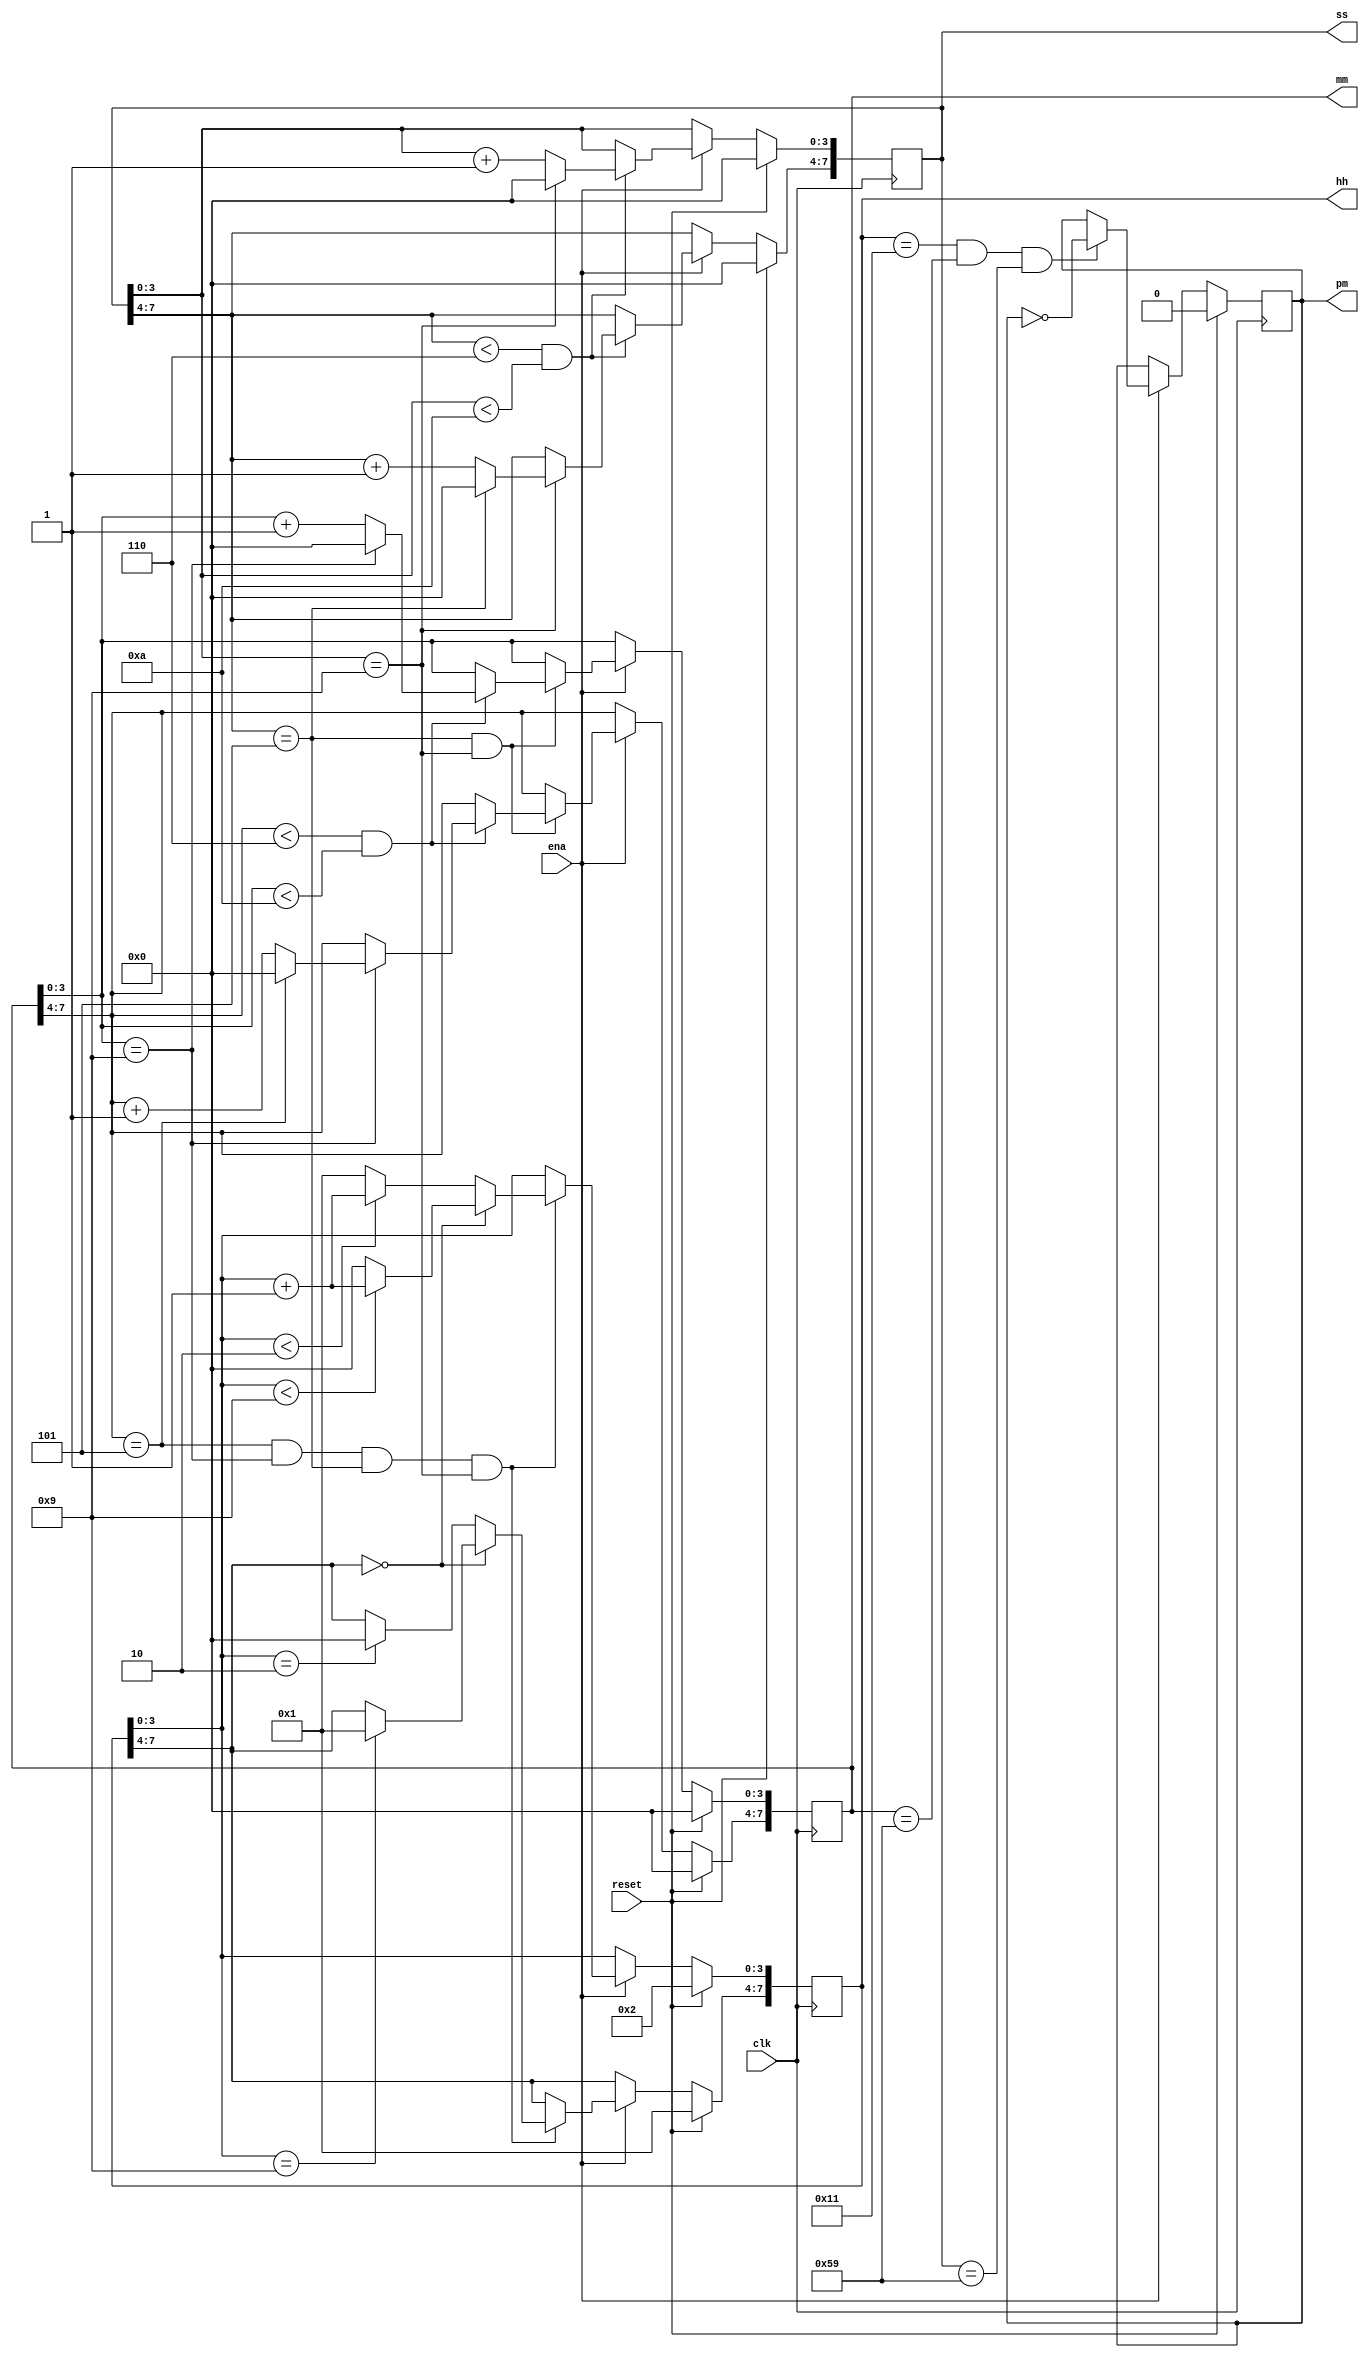
module top_module(
    input clk,
    input reset,
    input ena,
    output reg pm,
    output reg [7:0] hh,
    output reg [7:0] mm,
    output reg [7:0] ss); 
    
    always @(posedge clk) begin
        if (reset) {hh,mm,ss,pm} = {8'b00010010, 8'b0, 8'b0, 1'b0};
        else begin
            if (ena) begin
                pm <= (hh==8'b00010001 & mm == 8'b01011001 & ss == 8'b01011001)? ~pm : pm;
                if (ss[7:4] < 4'd6 & ss[3:0] < 4'd10) begin
                    ss[3:0] <= (ss[3:0]==4'd9)? 4'd0 : ss[3:0] + 1'b1;
                    ss[7:4] <= (ss[3:0]==4'd9)? ((ss[7:4]==4'd5)?4'd0: ss[7:4] + 1'b1): ss[7:4];
                end
                
                if (ss[7:4] == 4'd5 & ss[3:0] == 4'd9) begin
                    if (mm[7:4] < 4'd6 & mm[3:0] < 4'd10) begin
                        mm[3:0] <= (mm[3:0]==4'd9)? 4'd0 : mm[3:0] + 1'b1;
                        mm[7:4] <= (mm[3:0]==4'd9)? ((mm[7:4]==4'd5)?4'd0: mm[7:4] + 1'b1): mm[7:4];
                end
                end
                else mm <= mm;
                
                if (mm[7:4] == 4'd5 & mm[3:0] == 4'd9 & ss[7:4] == 4'd5 & ss[3:0] == 4'd9) begin
                    if (hh[7:4] == 4'd0) begin
                        hh[3:0] <= (hh[3:0] < 4'd9)?hh[3:0] + 1'b1: 4'd0;
                        hh[7:4] <= (hh[3:0] == 4'd9)?4'd1:hh[7:4];
                    end
                    else begin
                        hh[3:0] <= (hh[3:0] < 4'd2)?hh[3:0] + 1'b1: 4'd1;
                        hh[7:4] <= (hh[3:0] == 4'd2)?4'd0:hh[7:4];
                    end
                end
                
            end
            else {hh,mm,ss,pm} <= {hh,mm,ss,pm};
        end
    end

endmodule